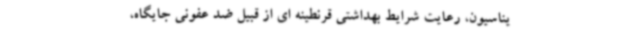
یناسیون، رعایت شرایط بهداشتی قرنطینه ای از قبیل ضد عفونی جایگاه،